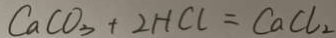
C a C O _ { 3 } + 2 H C l = C a C l _ { 2 }